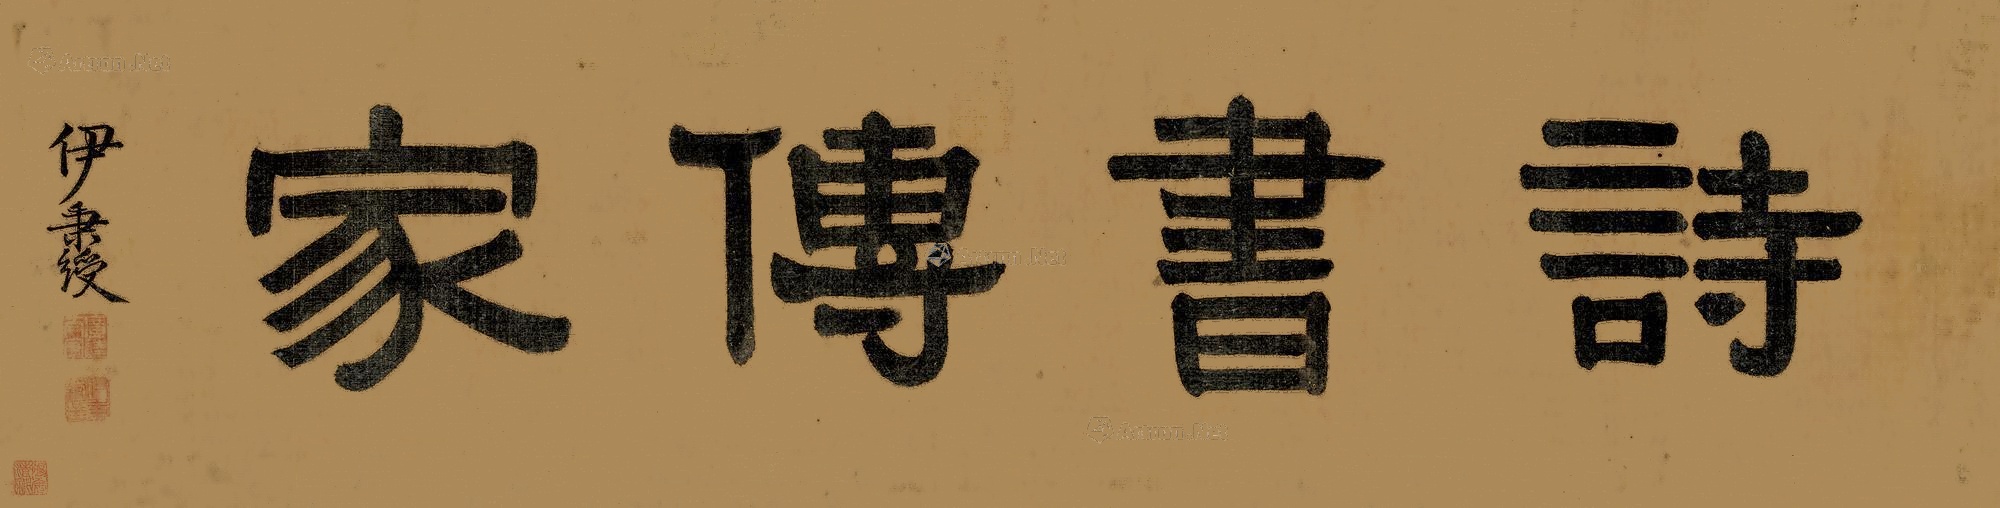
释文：诗书传家伊秉绶。